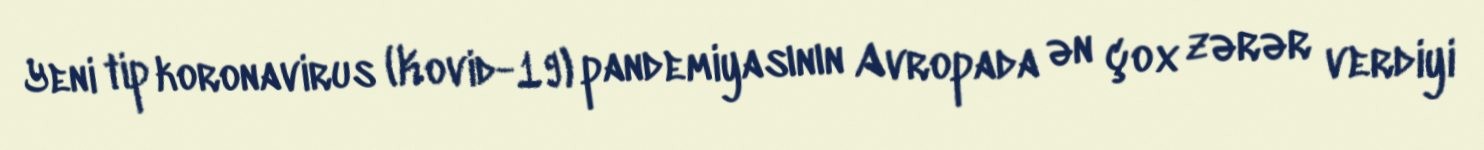
Yeni tip koronavirus (Kovid-19) pandemiyasının Avropada ən çox zərər verdiyi